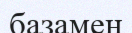
базамен